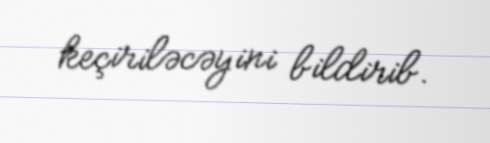
keçiriləcəyini bildirib.